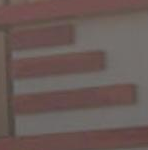
-